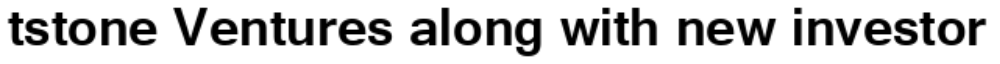
tstone Ventures along with new investor